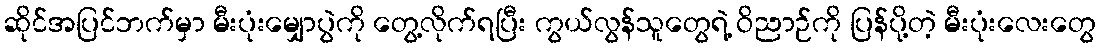
ဆိုင်အပြင်ဘက်မှာ မီးပုံးမျှောပွဲကို တွေ့လိုက်ရပြီး ကွယ်လွန်သူတွေရဲ့ ဝိညာဉ်ကို ပြန်ပို့တဲ့ မီးပုံးလေးတွေ